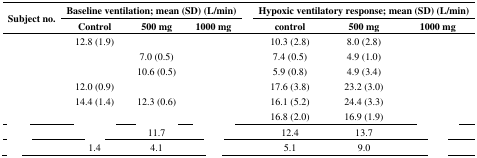
<table><thead><tr><td rowspan="2"><b>Subject no.</b></td><td colspan="3"><b>Baseline ventilation; mean (SD) (L/min)</b></td><td>[EMPTY_CELL]</td><td colspan="3"><b>Hypoxic ventilatory response; mean (SD) (L/min)</b></td></tr><tr><td><b>Control</b></td><td><b>500 mg</b></td><td><b>1000 mg</b></td><td>[EMPTY_CELL]</td><td><b>control</b></td><td><b>500 mg</b></td><td><b>1000 mg</b></td></tr></thead><tbody><tr><td>[EMPTY_CELL]</td><td>12.8 (1.9)</td><td>[EMPTY_CELL]</td><td>[EMPTY_CELL]</td><td>[EMPTY_CELL]</td><td>10.3 (2.8)</td><td>8.0 (2.8)</td><td>[EMPTY_CELL]</td></tr><tr><td>[EMPTY_CELL]</td><td>[EMPTY_CELL]</td><td>7.0 (0.5)</td><td>[EMPTY_CELL]</td><td>[EMPTY_CELL]</td><td>7.4 (0.5)</td><td>4.9 (1.0)</td><td>[EMPTY_CELL]</td></tr><tr><td>[EMPTY_CELL]</td><td>[EMPTY_CELL]</td><td>10.6 (0.5)</td><td>[EMPTY_CELL]</td><td>[EMPTY_CELL]</td><td>5.9 (0.8)</td><td>4.9 (3.4)</td><td>[EMPTY_CELL]</td></tr><tr><td>[EMPTY_CELL]</td><td>12.0 (0.9)</td><td>[EMPTY_CELL]</td><td>[EMPTY_CELL]</td><td>[EMPTY_CELL]</td><td>17.6 (3.8)</td><td>23.2 (3.0)</td><td>[EMPTY_CELL]</td></tr><tr><td>[EMPTY_CELL]</td><td>14.4 (1.4)</td><td>12.3 (0.6)</td><td>[EMPTY_CELL]</td><td>[EMPTY_CELL]</td><td>16.1 (5.2)</td><td>24.4 (3.3)</td><td>[EMPTY_CELL]</td></tr><tr><td>[EMPTY_CELL]</td><td>[EMPTY_CELL]</td><td>[EMPTY_CELL]</td><td>[EMPTY_CELL]</td><td>[EMPTY_CELL]</td><td>16.8 (2.0)</td><td>16.9 (1.9)</td><td>[EMPTY_CELL]</td></tr><tr><td>[EMPTY_CELL]</td><td>[EMPTY_CELL]</td><td>11.7</td><td>[EMPTY_CELL]</td><td>[EMPTY_CELL]</td><td>12.4</td><td>13.7</td><td>[EMPTY_CELL]</td></tr><tr><td>[EMPTY_CELL]</td><td>1.4</td><td>4.1</td><td>[EMPTY_CELL]</td><td>[EMPTY_CELL]</td><td>5.1</td><td>9.0</td><td>[EMPTY_CELL]</td></tr></tbody></table>